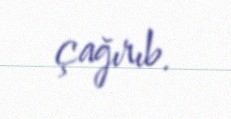
çağırıb.